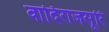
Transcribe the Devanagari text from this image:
वादिराजसूरि